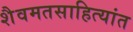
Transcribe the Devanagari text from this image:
शैवमतसाहित्यांत